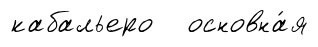
кабальеро основна́я